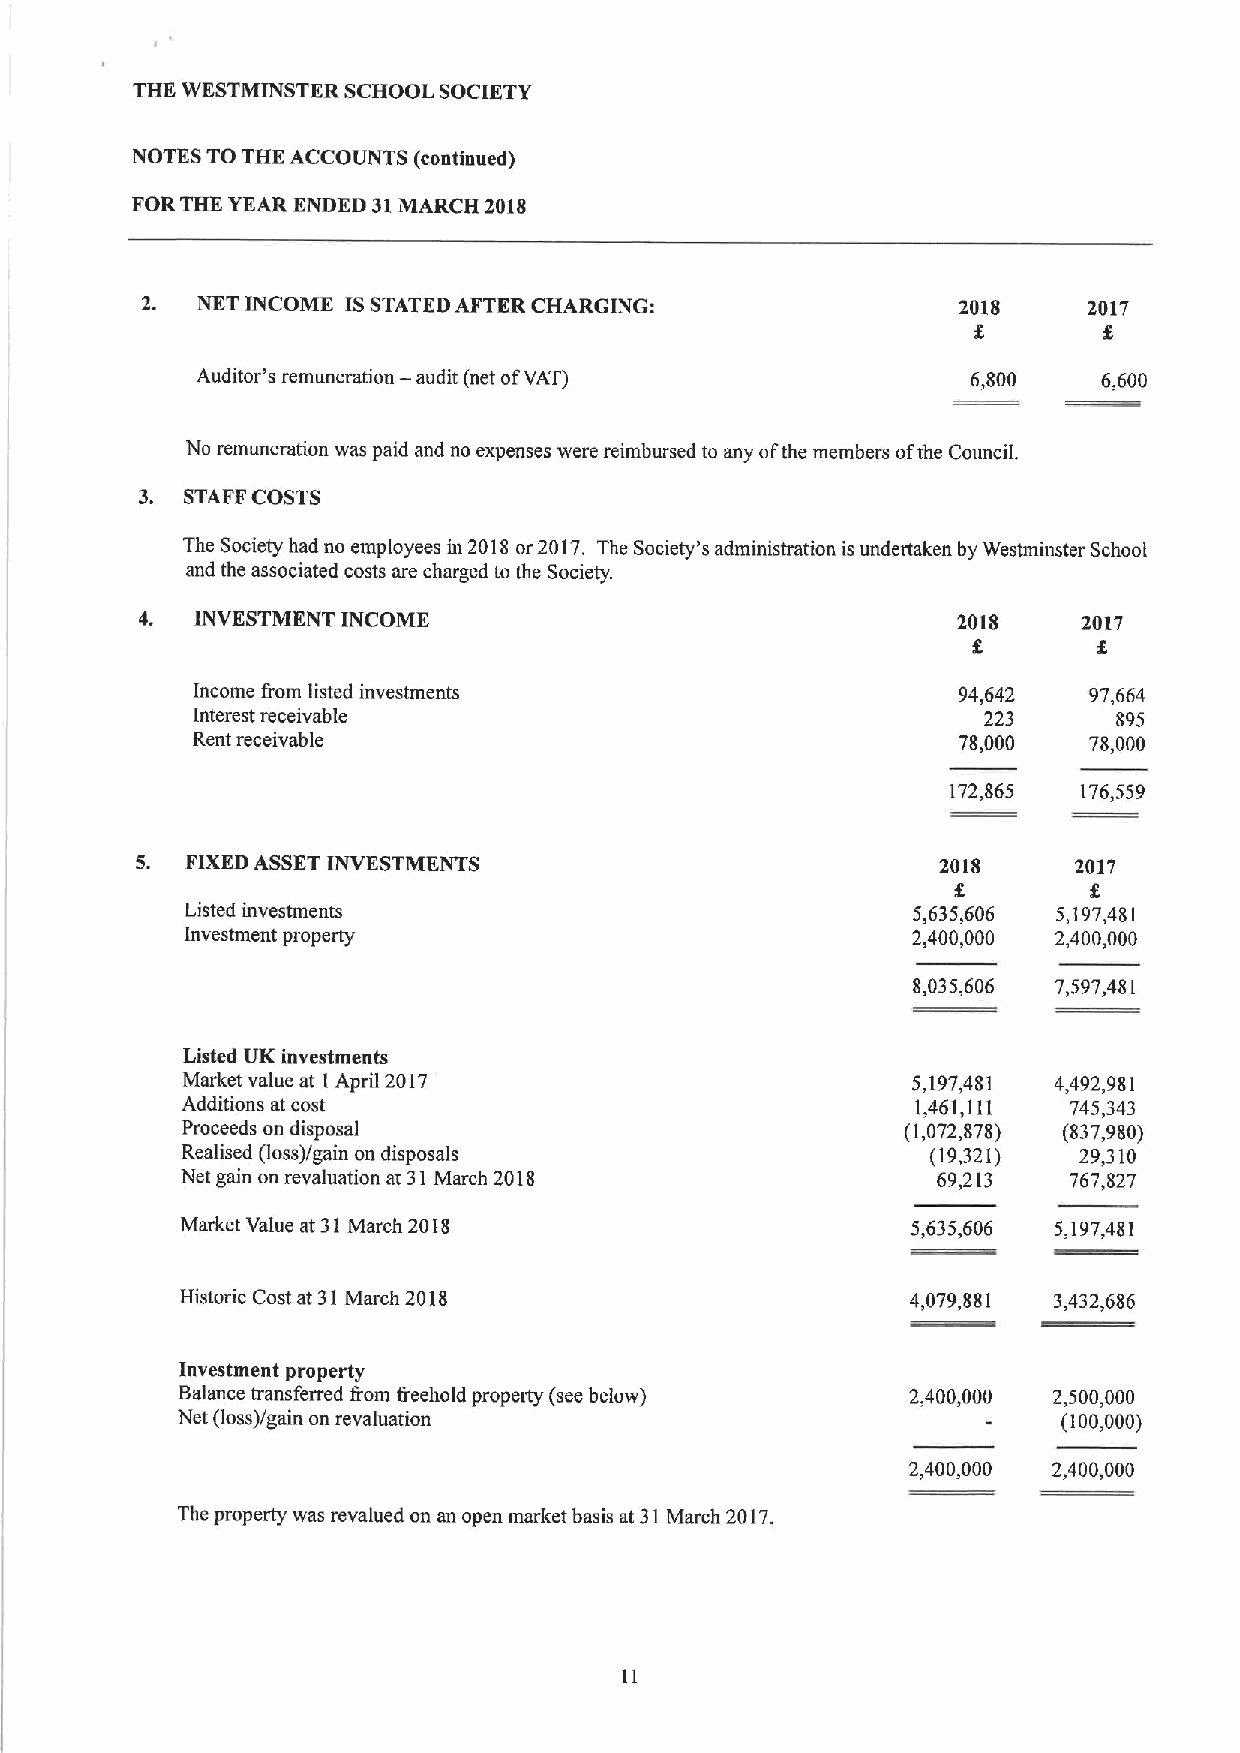
THE WESTMINSTER SCHOOL SOCIETY
 NOTES TO THE ACCOUNTS (continued)
 FOR THE YEAR ENDED 31MARCH 2018
 2.  NKT INCOME ISSTATED AFTER CHARGING:                2018    2017
 —
 Auditor's remuneration audit (net ofVAT)           6,800    6,600
 No remuneration was paid and no expenses were reimbursed to any ofthe members ofthe CounciL
 3. STAFFCOSTS
 The Society had no employees in 2018 or 2017. The Society's administration is undertaken by Westminster School
 and the associated costs are charged to the Society.
 4.  INVESTMENT INCOME                                 2018     2017
 Income &om listed investments                     94,642   97,664
 Interest receivable                                 223      895
 Rent receivable                                   78,000   78,000
 172,865  176,559
 5. FIXEDASSETINVESTMENTS                             2018     2017
 Listed investments                              5,635,606 5,197,481
 Investment property                             2,400,000 2,400,000
 8,035,606 7,597,481
 Listed UK investments
 Market value at I April 2017                    5,197,481 4,492,981
 Additions at cost                                1,461,111 745,343
 Proceeds on disposal                            (1,072,878) (837,980)
 Realised (loss)/gain on disposals                 (19,321) 29,310
 Net gain on revaluation at 31March 2018           69,213   767,827
 Market Value at 3I March 2018                   5,635,606 5,197,481
 Historic Cost at 31March 2018                   4,079,881 3,432,686
 Investment property
 Balance transferred &om fieehold property (see below) 2,400,000 2,500,000
 Net (loss)/gain on revaluation                            (100,000)
 2,400,000 2,400,000
 The property was revalued on an open market basis at 31March 2017.
 11